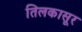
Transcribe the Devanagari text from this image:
तिलकासूर